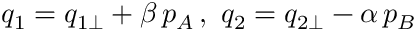
q _ { 1 } = q _ { 1 \perp } + \beta \, p _ { A } \, , \, \, q _ { 2 } = q _ { 2 \perp } - \alpha \, p _ { B } \,